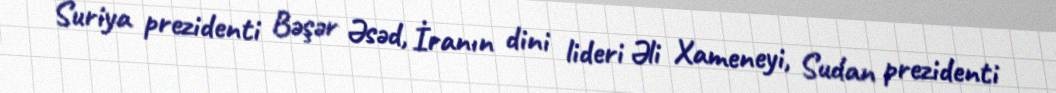
Suriya prezidenti Bəşər Əsəd, İranın dini lideri Əli Xameneyi, Sudan prezidenti